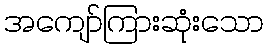
အကျော်ကြားဆုံးသော